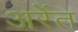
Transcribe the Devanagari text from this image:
अरेंत